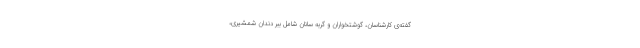
گفته‌ی کارشناسان، گوشتخواران و گربه سانان شامل ببر دندان شمشیری،